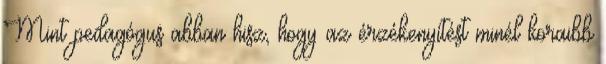
Mint pedagógus abban hisz, hogy az érzékenyítést minél koraibb